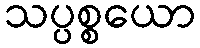
သပ္ပစ္စယော